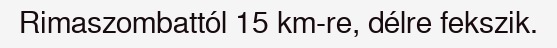
Rimaszombattól 15 km-re, délre fekszik.